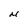
Character: M